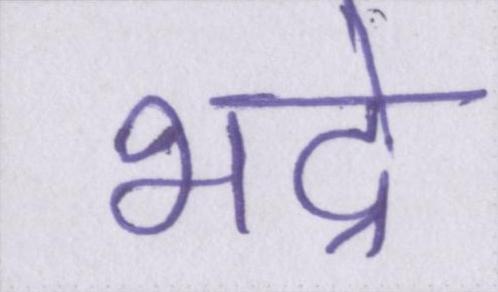
भद्रे